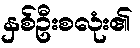
နှစ်ဦးစလုံး၏